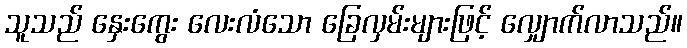
သူသည် နှေးကွေး လေးလံသော ခြေလှမ်းများဖြင့် လျှောက်လာသည်။